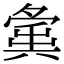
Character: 𡖸